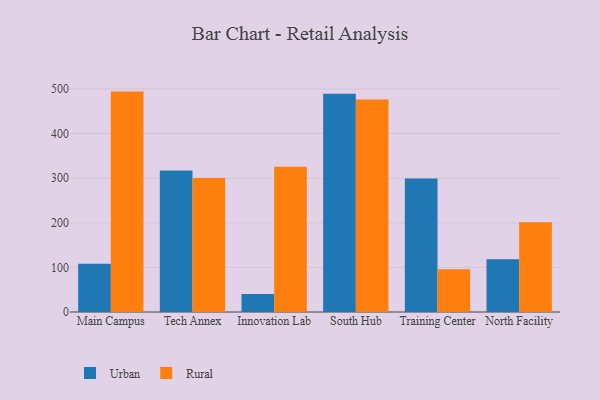
{"axis": {"x": "Campus", "y": "LTV (USD)"}, "legend": ["Rural", "Urban"], "data": [{"x": "Main Campus", "y": 108.2, "type": "Urban"}, {"x": "Main Campus", "y": 494.1, "type": "Rural"}, {"x": "Tech Annex", "y": 317.3, "type": "Urban"}, {"x": "Tech Annex", "y": 300.2, "type": "Rural"}, {"x": "Innovation Lab", "y": 40.1, "type": "Urban"}, {"x": "Innovation Lab", "y": 325.4, "type": "Rural"}, {"x": "South Hub", "y": 489.1, "type": "Urban"}, {"x": "South Hub", "y": 476.5, "type": "Rural"}, {"x": "Training Center", "y": 299.5, "type": "Urban"}, {"x": "Training Center", "y": 95.8, "type": "Rural"}, {"x": "North Facility", "y": 118.5, "type": "Urban"}, {"x": "North Facility", "y": 201.3, "type": "Rural"}]}